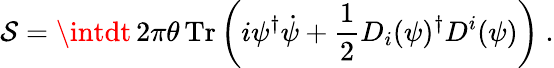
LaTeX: {\cal\mathcal{S}}=\intdt\, 2\pi\theta\, \mathrm{{Tr}}\left(i\psi^{\dagger}\dot{{\psi}}+\frac{{1}}{{2}}D_{i}(\psi)^{\dagger}D^{i}(\psi)\right)~.